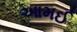
આમઈ